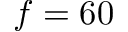
f = 6 0